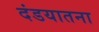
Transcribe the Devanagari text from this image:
दंडयातना